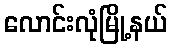
လောင်းလုံမြို့နယ်